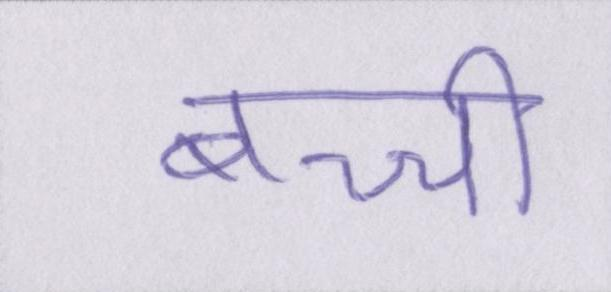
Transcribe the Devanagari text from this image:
बच्ची